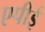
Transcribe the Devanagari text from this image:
एपीई